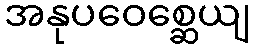
အနုပဝေစ္ဆေယျ